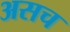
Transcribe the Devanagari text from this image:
असच